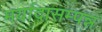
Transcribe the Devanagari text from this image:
मर्यादासम्पन्न